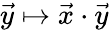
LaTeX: {\vec{y}}\mapsto{\vec{x}}\cdot{\vec{y}}